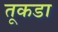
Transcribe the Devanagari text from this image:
तूकडा